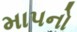
માપનો